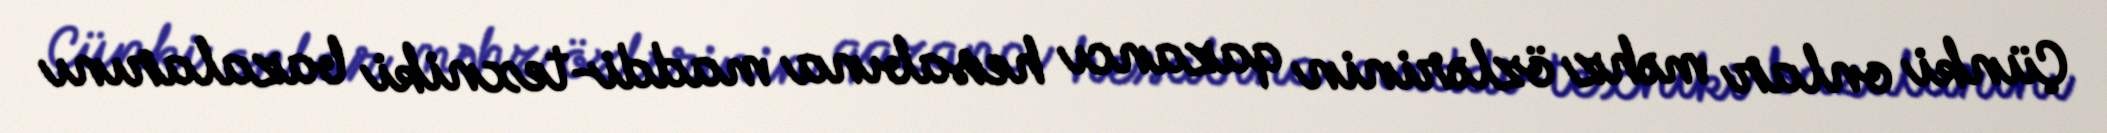
Çünki onlar məhz özlərinin qazancı hesabına maddi-texniki bazalarını